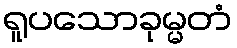
ရူပသောခုမ္မတံ